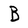
Character: B